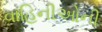
વાહિનીઓની